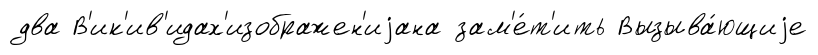
два В'ик'ив'идах'изображен'иjана зам'е́т'ить Вызыва́ющиjе